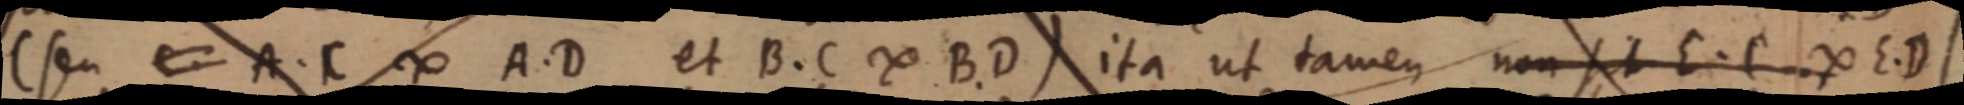
(seu A. C ∞ A. D et B. C ∞ B. D) ita ut tamen non sit E.C ∞ E. D